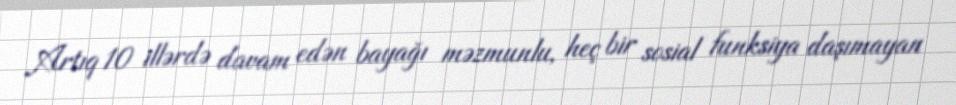
Artıq 10 illərdə davam edən bayağı məzmunlu, heç bir sosial funksiya daşımayan